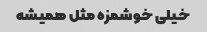
خیلی خوشمزه مثل همیشه